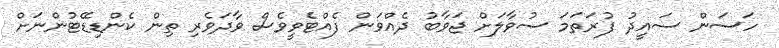
ހަސަން ސައީދު ފުރަތަމަ ސުވާލަށް ޖަވާބު ދެއްވަން ފެއްޓެވީވެސް ވާދަވެރި ތިން ކެންޑިޑޭޓުންނަށް